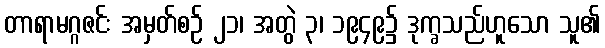
တာရာမဂ္ဂဇင်း အမှတ်စဉ် ၂၁၊ အတွဲ ၃၊ ၁၉၄၉၌ ဒုက္ခသည်ဟူသော သူ၏